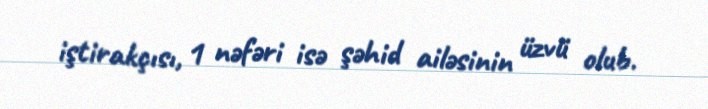
iştirakçısı, 1 nəfəri isə şəhid ailəsinin üzvü olub.